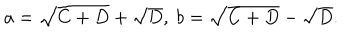
LaTeX: a = \sqrt { C + D } + \sqrt { D } , \ b = \sqrt { C + D } - \sqrt { D } .